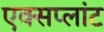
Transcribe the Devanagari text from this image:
एक्सप्लांट